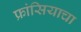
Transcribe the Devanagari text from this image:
फ्रांसियाचा